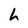
Character: L